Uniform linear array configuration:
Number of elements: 24
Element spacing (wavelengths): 0.75
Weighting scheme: hamming
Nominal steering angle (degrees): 15
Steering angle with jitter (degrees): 16.104
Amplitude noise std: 0.05
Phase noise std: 0.05

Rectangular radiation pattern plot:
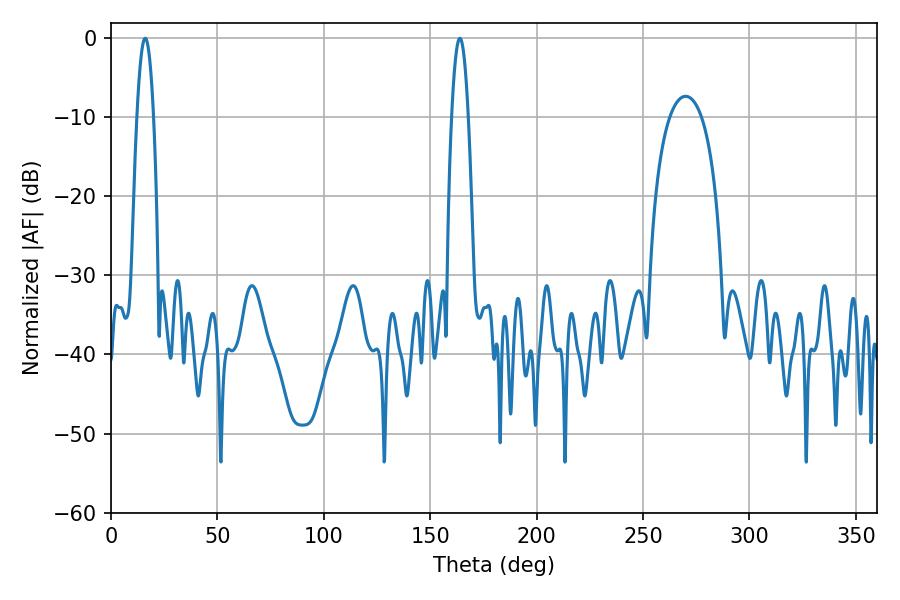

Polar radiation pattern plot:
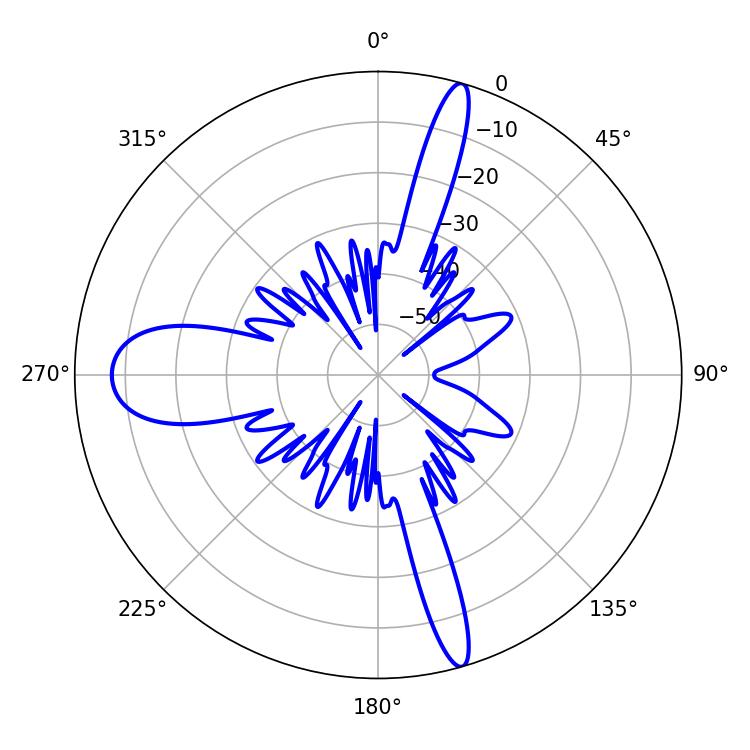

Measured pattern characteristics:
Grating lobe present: TRUE
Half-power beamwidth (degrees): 4.32
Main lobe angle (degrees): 16.02